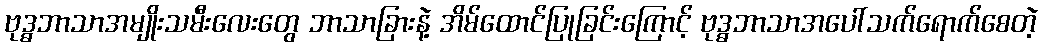
ဗုဒ္ဓဘာသာအမျိုးသမီးလေးတွေ ဘာသာခြားနဲ့ အိမ်ထောင်ပြုခြင်းကြောင့် ဗုဒ္ဓဘာသာအပေါ်သက်ရောက်စေတဲ့